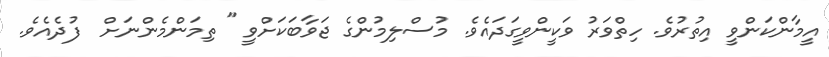
އީމާންކަންވީ އިތުރުވެ. ހިތްވަރު ވަކީންވީގަދައެވެ. މުސްލިމުންގެ ޖަވާބަކަށްވީ " ތިމަންމެންނަށް  ފުދެއެވެ.